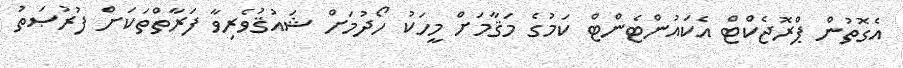
އެގޮތުން ޕްރޮޖެކްޓް އެކައުންޓެންޓް ކަމުގެ މަޤާމަށް މީހަކު ހޯދުމަށް ޝައުޤުވެރިވާ ފަރާތްތަކަށް ފުރުޞަތު